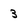
Character: 3